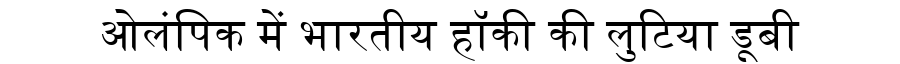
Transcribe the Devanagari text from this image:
ओलंपिक में भारतीय हॉकी की लुटिया डूबी